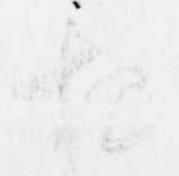
歟